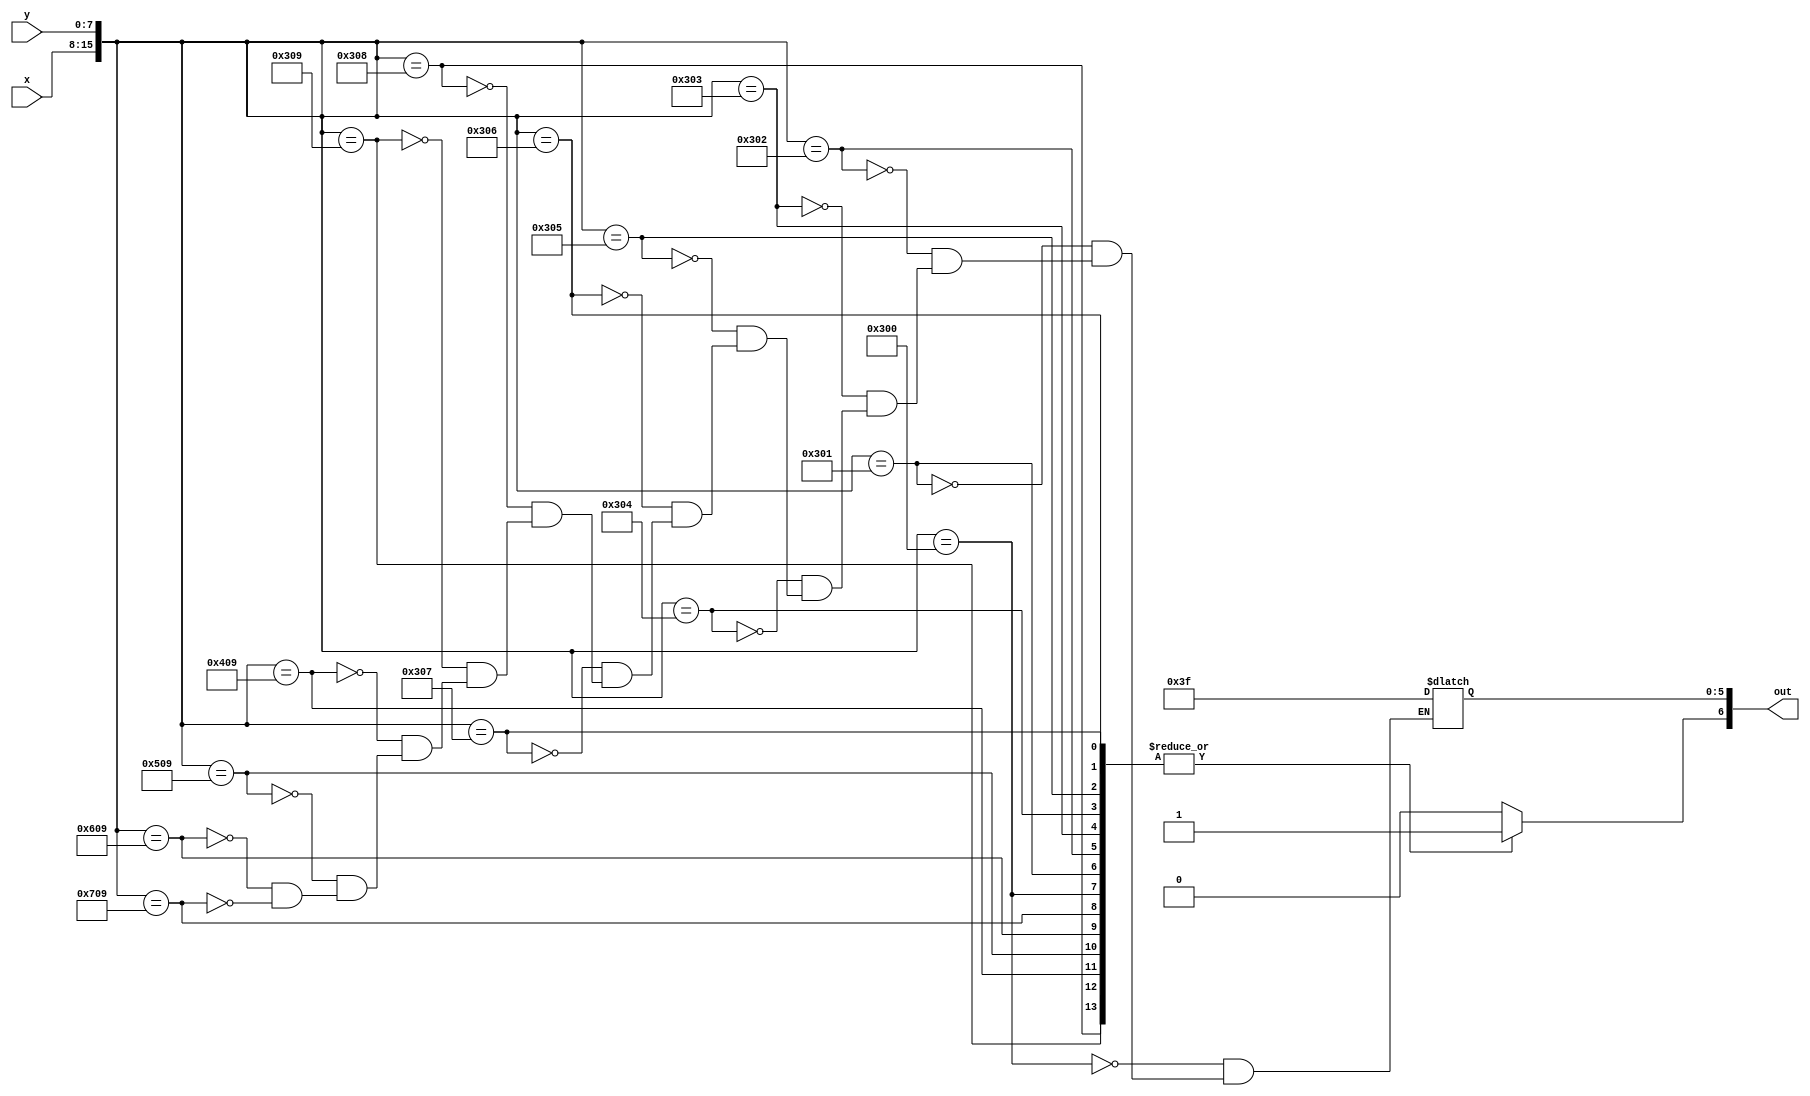
module char_l_lut(x, y, out);
	input [7:0] x;
	input [7:0] y;
	output reg [6:0] out;

	always@(*)
	begin
		out[6] <= 1'b1;
		case({x, y})
			16'h0300: out[5:0] <= 6'b111111;
			16'h0301: out[5:0] <= 6'b111111;
			16'h0302: out[5:0] <= 6'b111111;
			16'h0303: out[5:0] <= 6'b111111;
			16'h0304: out[5:0] <= 6'b111111;
			16'h0305: out[5:0] <= 6'b111111;
			16'h0306: out[5:0] <= 6'b111111;
			16'h0307: out[5:0] <= 6'b111111;
			16'h0308: out[5:0] <= 6'b111111;
			
			16'h0309: out[5:0] <= 6'b111111;
			16'h0409: out[5:0] <= 6'b111111;
			16'h0509: out[5:0] <= 6'b111111;
			16'h0609: out[5:0] <= 6'b111111;
			16'h0709: out[5:0] <= 6'b111111;
			default: out[6] <= 1'b0;
		endcase
	end
endmodule
module char_l(x, y, flush_x, flush_y, colour, enable);
	input [7:0] x;
	input [7:0] y;
	input [7:0] flush_x;
	input [7:0] flush_y;
	
	output [5:0] colour;
	output enable;
	
	wire [6:0] lut_out;
	
	char_l_lut(flush_x - x, flush_y - y, lut_out);
	
	assign colour = lut_out[5:0];
	assign enable = lut_out[6];
endmodule